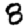
Digit: 8